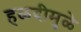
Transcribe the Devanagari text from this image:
हळदीमुळे